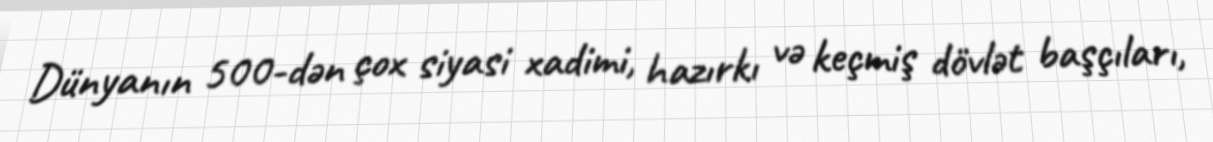
Dünyanın 500-dən çox siyasi xadimi, hazırkı və keçmiş dövlət başçıları,